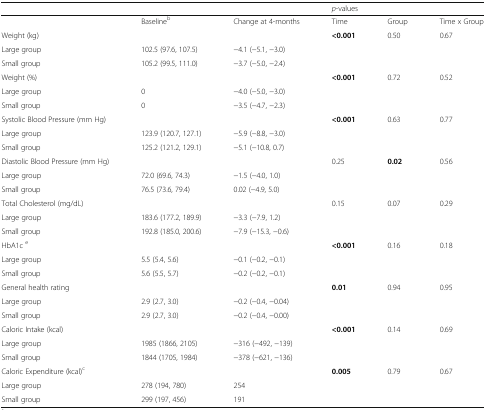
<table><thead><tr><td></td><td></td><td></td><td colspan="3"><b><i>p</i>-values</b></td></tr></thead><tbody><tr><td></td><td>Baseline<sup>b</sup></td><td>Change at 4-months</td><td>Time</td><td>Group</td><td>Time x Group</td></tr><tr><td>Weight (kg)</td><td></td><td></td><td><b>&lt;0.001</b></td><td>0.50</td><td>0.67</td></tr><tr><td>Large group</td><td>102.5 (97.6, 107.5)</td><td>−4.1 (−5.1, −3.0)</td><td></td><td></td><td></td></tr><tr><td>Small group</td><td>105.2 (99.5, 111.0)</td><td>−3.7 (−5.0, −2.4)</td><td></td><td></td><td></td></tr><tr><td>Weight (%)</td><td></td><td></td><td><b>&lt;0.001</b></td><td>0.72</td><td>0.52</td></tr><tr><td>Large group</td><td>0</td><td>−4.0 (−5.0, −3.0)</td><td></td><td></td><td></td></tr><tr><td>Small group</td><td>0</td><td>−3.5 (−4.7, −2.3)</td><td></td><td></td><td></td></tr><tr><td>Systolic Blood Pressure (mm Hg)</td><td></td><td></td><td><b>&lt;0.001</b></td><td>0.63</td><td>0.77</td></tr><tr><td>Large group</td><td>123.9 (120.7, 127.1)</td><td>−5.9 (−8.8, −3.0)</td><td></td><td></td><td></td></tr><tr><td>Small group</td><td>125.2 (121.2, 129.1)</td><td>−5.1 (−10.8, 0.7)</td><td></td><td></td><td></td></tr><tr><td>Diastolic Blood Pressure (mm Hg)</td><td></td><td></td><td>0.25</td><td><b>0.02</b></td><td>0.56</td></tr><tr><td>Large group</td><td>72.0 (69.6, 74.3)</td><td>−1.5 (−4.0, 1.0)</td><td></td><td></td><td></td></tr><tr><td>Small group</td><td>76.5 (73.6, 79.4)</td><td>0.02 (−4.9, 5.0)</td><td></td><td></td><td></td></tr><tr><td>Total Cholesterol (mg/dL)</td><td></td><td></td><td>0.15</td><td>0.07</td><td>0.29</td></tr><tr><td>Large group</td><td>183.6 (177.2, 189.9)</td><td>−3.3 (−7.9, 1.2)</td><td></td><td></td><td></td></tr><tr><td>Small group</td><td>192.8 (185.0, 200.6)</td><td>−7.9 (−15.3, −0.6)</td><td></td><td></td><td></td></tr><tr><td>HbA1c <sup>e</sup></td><td></td><td></td><td><b>&lt;0.001</b></td><td>0.16</td><td>0.18</td></tr><tr><td>Large group</td><td>5.5 (5.4, 5.6)</td><td>−0.1 (−0.2, −0.1)</td><td></td><td></td><td></td></tr><tr><td>Small group</td><td>5.6 (5.5, 5.7)</td><td>−0.2 (−0.2, −0.1)</td><td></td><td></td><td></td></tr><tr><td>General health rating</td><td></td><td></td><td><b>0.01</b></td><td>0.94</td><td>0.95</td></tr><tr><td>Large group</td><td>2.9 (2.7, 3.0)</td><td>−0.2 (−0.4, −0.04)</td><td></td><td></td><td></td></tr><tr><td>Small group</td><td>2.9 (2.7, 3.0)</td><td>−0.2 (−0.4, −0.00)</td><td></td><td></td><td></td></tr><tr><td>Caloric Intake (kcal)</td><td></td><td></td><td><b>&lt;0.001</b></td><td>0.14</td><td>0.69</td></tr><tr><td>Large group</td><td>1985 (1866, 2105)</td><td>−316 (−492, −139)</td><td></td><td></td><td></td></tr><tr><td>Small group</td><td>1844 (1705, 1984)</td><td>−378 (−621, −136)</td><td></td><td></td><td></td></tr><tr><td>Caloric Expenditure (kcal)<sup>c</sup></td><td></td><td></td><td><b>0.005</b></td><td>0.79</td><td>0.67</td></tr><tr><td>Large group</td><td>278 (194, 780)</td><td>254</td><td></td><td></td><td></td></tr><tr><td>Small group</td><td>299 (197, 456)</td><td>191</td><td></td><td></td><td></td></tr></tbody></table>